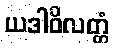
ယဒါဝိလတ္တံ